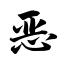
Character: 恶